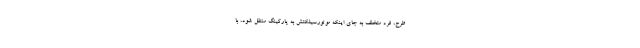
طرح، فرد متخلف به جای اینکه موتورسیلکتش به پارکینگ منتقل شود، با